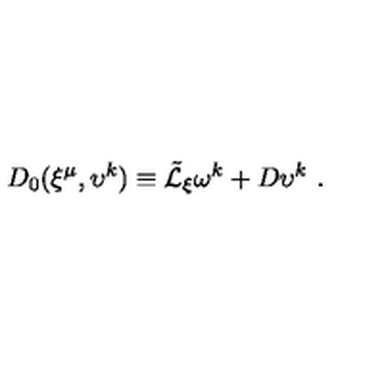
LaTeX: D _ { 0 } ( \xi ^ { \mu } , \upsilon ^ { k } ) \equiv { \tilde { \cal L } } _ { \xi } \omega ^ { k } + D \upsilon ^ { k } \ .